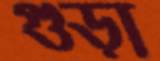
গুড়া